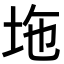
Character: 𡊇